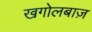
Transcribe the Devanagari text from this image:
खगोलबाज़